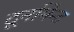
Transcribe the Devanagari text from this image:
टूर्नामेन्ट